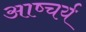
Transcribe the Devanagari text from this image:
आष्चर्य